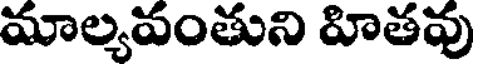
మాల్యవంతుని హితవు